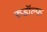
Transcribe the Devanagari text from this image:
रुडॉल्फ़